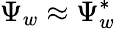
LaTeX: \Psi_{w}\approx\Psi_{w}^{*}